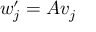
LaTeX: w _ { j } ^ { \prime } = A v _ { j }